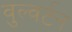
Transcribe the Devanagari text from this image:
वुल्वर्टन